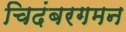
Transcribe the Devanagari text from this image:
चिदंबरगमन